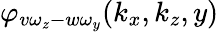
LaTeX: \varphi_{v\omega_{z}-w\omega_{y}}(k_{x},k_{z},y)